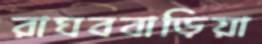
রাঘববাড়িয়া